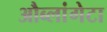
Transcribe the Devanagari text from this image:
औब्लांगेटा